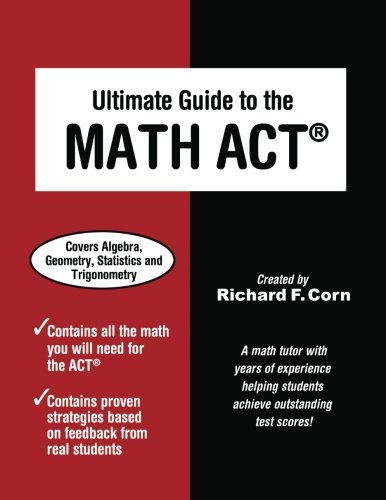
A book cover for Ultimate Guide to the Math ACT; Richard F Corn; Test Preparation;